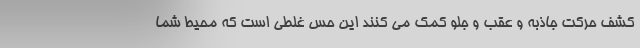
کشف حرکت جاذبه و عقب و جلو کمک می کنند این حس غلطی است که محیط شما